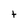
Character: t